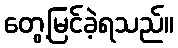
တွေ့မြင်ခဲ့ရသည်။